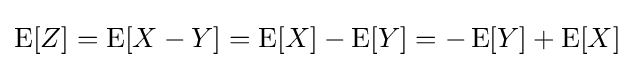
\operatorname {E} [Z]=\operatorname {E} [X-Y]=\operatorname {E} [X]-\operatorname {E} [Y]=-\operatorname {E} [Y]+\operatorname {E} [X]